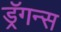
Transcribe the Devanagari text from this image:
ड्रॅगन्स